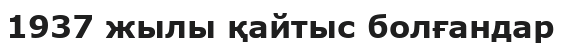
1937 жылы қайтыс болғандар